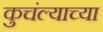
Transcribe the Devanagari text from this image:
कुचंल्याच्या